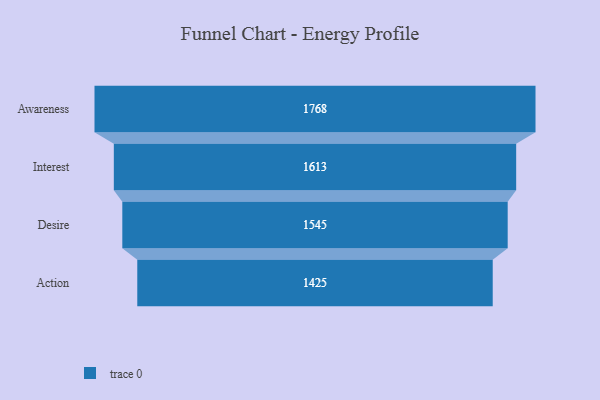
{"axis": {"x": "Stage", "y": "Value"}, "legend": [""], "data": [{"x": "Awareness", "y": 1768.0, "type": ""}, {"x": "Interest", "y": 1613.0, "type": ""}, {"x": "Desire", "y": 1545.0, "type": ""}, {"x": "Action", "y": 1425.0, "type": ""}]}